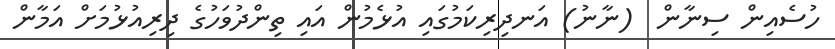
ހުސެއިން ސިނާން  (ނާނު) އަނދިރިކަމުގައި އުޅެމުން އައި ތިންދުވަހުގެ ދިރިއުޅުމަށް އަމާން